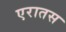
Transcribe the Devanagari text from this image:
एरातस